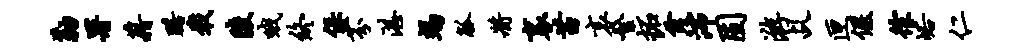
勒署藉躇戢陵哦终保芬湛竭觚将里苗哀繁拓霞沛固游乩匣偃徐峪仁